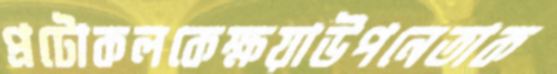
প্রটোকলকেক্ষয়াউপনেতাক